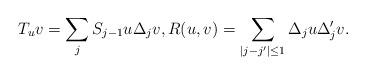
LaTeX: \begin{align*}T_uv=\sum_jS_{j-1}u\Delta_jv,R(u,v)=\sum_{|j-j'|\leq 1}\Delta_ju\Delta_j'v.\end{align*}